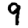
Digit: 9